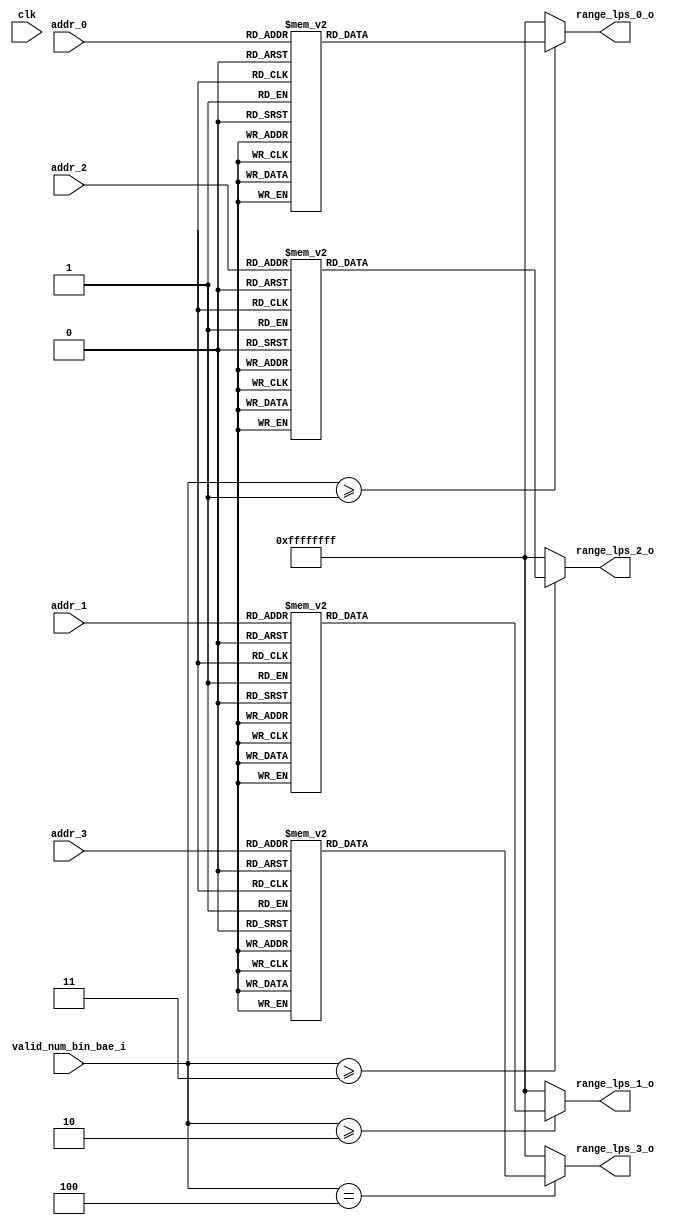
module range_lps_table(
					//input
					clk		   			,
					valid_num_bin_bae_i	,
					addr_0     			,
					addr_1				,
					addr_2				,
					addr_3				,
					//output
					range_lps_0_o		,
					range_lps_1_o		,
					range_lps_2_o		,
					range_lps_3_o			
);

// ********************************************
// 
// 			INPUT / OUTPUT DECLARATION
// 
// ********************************************

input				clk						;	//clock signal
input	[2:0]		valid_num_bin_bae_i		;	//valid number bin of bae
input 	[5:0]		addr_0					;	//address_0 for range_lps_0
input 	[5:0]		addr_1					;	//address_1 for range_lps_1
input 	[5:0]		addr_2					;	//address_2 for range_lps_2
input 	[5:0]		addr_3					;	//address_3 for range_lps_3
output	[31:0]		range_lps_0_o			;	//4-range_lps for bin 0, one range_lps is 8 bits
output	[31:0]		range_lps_1_o			;	//4-range_lps for bin 1, one range_lps is 8 bits   
output	[31:0]		range_lps_2_o			;	//4-range_lps for bin 2, one range_lps is 8 bits
output	[31:0]		range_lps_3_o			;	//4-range_lps for bin 3, one range_lps is 8 bits


// ********************************************
// 
// 			    Reg DECLARATION
// 
// ********************************************

reg		[31:0]		range_lps_0_o			;	//output 4-range_lps for bin 0, {00_01_02_03} one range_lps is 8 bits
reg		[31:0]		range_lps_1_o			;	//output 4-range_lps for bin 1, {00_01_02_03} one range_lps is 8 bits   
reg		[31:0]		range_lps_2_o			;	//output 4-range_lps for bin 2, {00_01_02_03} one range_lps is 8 bits
reg		[31:0]		range_lps_3_o			;	//output 4-range_lps for bin 3, {00_01_02_03} one range_lps is 8 bits



// ********************************************
//                                             
// 			   Combinational Logic               
//                                             
// ********************************************



// ********************************************
//                                             
// 			    Sequential Logic               
//                                             
// ********************************************

//range_lps_0
always @* begin
	if(valid_num_bin_bae_i>=3'd1) begin
		case (addr_0)
			 0:	begin range_lps_0_o = 32'h80_b0_d0_f0 ; end	
			 1: begin range_lps_0_o = 32'h80_a7_c5_e3 ; end
			 2: begin range_lps_0_o = 32'h80_9e_bb_d8 ; end
			 3: begin range_lps_0_o = 32'h7b_96_b2_cd ; end
			 4: begin range_lps_0_o = 32'h74_8e_a9_c3 ; end
			 5: begin range_lps_0_o = 32'h6f_87_a0_b9 ; end
			 6: begin range_lps_0_o = 32'h69_80_98_af ; end
			 7: begin range_lps_0_o = 32'h64_7a_90_a6 ; end
			 8: begin range_lps_0_o = 32'h5f_74_89_9e ; end
			 9: begin range_lps_0_o = 32'h5a_6e_82_96 ; end
			10: begin range_lps_0_o = 32'h55_68_7b_8e ; end
			11: begin range_lps_0_o = 32'h51_63_75_87 ; end
			12: begin range_lps_0_o = 32'h4d_5e_6f_80 ; end
			13: begin range_lps_0_o = 32'h49_59_69_7a ; end
			14: begin range_lps_0_o = 32'h45_55_64_74 ; end
			15: begin range_lps_0_o = 32'h42_50_5f_6e ; end
			16: begin range_lps_0_o = 32'h3e_4c_5a_68 ; end
			17: begin range_lps_0_o = 32'h3b_48_56_63 ; end
			18: begin range_lps_0_o = 32'h38_45_51_5e ; end
			19: begin range_lps_0_o = 32'h35_41_4d_59 ; end
			20: begin range_lps_0_o = 32'h33_3e_49_55 ; end
			21: begin range_lps_0_o = 32'h30_3b_45_50 ; end
			22: begin range_lps_0_o = 32'h2e_38_42_4c ; end
			23: begin range_lps_0_o = 32'h2b_35_3f_48 ; end
			24: begin range_lps_0_o = 32'h29_32_3b_45 ; end
			25: begin range_lps_0_o = 32'h27_30_38_41 ; end
			26: begin range_lps_0_o = 32'h25_2d_36_3e ; end
			27: begin range_lps_0_o = 32'h23_2b_33_3b ; end
			28: begin range_lps_0_o = 32'h21_29_30_38 ; end
			29: begin range_lps_0_o = 32'h20_27_2e_35 ; end
			30: begin range_lps_0_o = 32'h1e_25_2b_32 ; end
			31: begin range_lps_0_o = 32'h1d_23_29_30 ; end
			32: begin range_lps_0_o = 32'h1b_21_27_2d ; end
			33: begin range_lps_0_o = 32'h1a_1f_25_2b ; end
			34: begin range_lps_0_o = 32'h18_1e_23_29 ; end
			35: begin range_lps_0_o = 32'h17_1c_21_27 ; end
			36: begin range_lps_0_o = 32'h16_1b_20_25 ; end
			37: begin range_lps_0_o = 32'h15_1a_1e_23 ; end
			38: begin range_lps_0_o = 32'h14_18_1d_21 ; end
			39: begin range_lps_0_o = 32'h13_17_1b_1f ; end
			40: begin range_lps_0_o = 32'h12_16_1a_1e ; end
			41: begin range_lps_0_o = 32'h11_15_19_1c ; end
			42: begin range_lps_0_o = 32'h10_14_17_1b ; end
			43: begin range_lps_0_o = 32'h0f_13_16_19 ; end
			44: begin range_lps_0_o = 32'h0e_12_15_18 ; end
			45: begin range_lps_0_o = 32'h0e_11_14_17 ; end
			46: begin range_lps_0_o = 32'h0d_10_13_16 ; end
			47: begin range_lps_0_o = 32'h0c_0f_12_15 ; end
			48: begin range_lps_0_o = 32'h0c_0e_11_14 ; end
			49: begin range_lps_0_o = 32'h0b_0e_10_13 ; end
			50: begin range_lps_0_o = 32'h0b_0d_0f_12 ; end
			51: begin range_lps_0_o = 32'h0a_0c_0f_11 ; end
			52: begin range_lps_0_o = 32'h0a_0c_0e_10 ; end
			53: begin range_lps_0_o = 32'h09_0b_0d_0f ; end
			54: begin range_lps_0_o = 32'h09_0b_0c_0e ; end
			55: begin range_lps_0_o = 32'h08_0a_0c_0e ; end
			56: begin range_lps_0_o = 32'h08_09_0b_0d ; end
			57: begin range_lps_0_o = 32'h07_09_0b_0c ; end
			58: begin range_lps_0_o = 32'h07_09_0a_0c ; end
			59: begin range_lps_0_o = 32'h07_08_0a_0b ; end
			60: begin range_lps_0_o = 32'h06_08_09_0b ; end
			61: begin range_lps_0_o = 32'h06_07_09_0a ; end
			62: begin range_lps_0_o = 32'h06_07_08_09 ; end
			63: begin range_lps_0_o = 32'h02_02_02_02 ; end
			default:             
				begin range_lps_0_o = 32'h80_b0_d0_f0 ; end
		endcase       
	end
	else 
		range_lps_0_o = 32'hff_ff_ff_ff;               
end                              
                                 
//range_lps_1                    
always @* begin      
	if(valid_num_bin_bae_i>=3'd2) begin
		case (addr_1)                
			 0:	begin range_lps_1_o = 32'h80_b0_d0_f0 ; end	
			 1: begin range_lps_1_o = 32'h80_a7_c5_e3 ; end
			 2: begin range_lps_1_o = 32'h80_9e_bb_d8 ; end
			 3: begin range_lps_1_o = 32'h7b_96_b2_cd ; end
			 4: begin range_lps_1_o = 32'h74_8e_a9_c3 ; end
			 5: begin range_lps_1_o = 32'h6f_87_a0_b9 ; end
			 6: begin range_lps_1_o = 32'h69_80_98_af ; end
			 7: begin range_lps_1_o = 32'h64_7a_90_a6 ; end
			 8: begin range_lps_1_o = 32'h5f_74_89_9e ; end
			 9: begin range_lps_1_o = 32'h5a_6e_82_96 ; end
			10: begin range_lps_1_o = 32'h55_68_7b_8e ; end
			11: begin range_lps_1_o = 32'h51_63_75_87 ; end
			12: begin range_lps_1_o = 32'h4d_5e_6f_80 ; end
			13: begin range_lps_1_o = 32'h49_59_69_7a ; end
			14: begin range_lps_1_o = 32'h45_55_64_74 ; end
			15: begin range_lps_1_o = 32'h42_50_5f_6e ; end
			16: begin range_lps_1_o = 32'h3e_4c_5a_68 ; end
			17: begin range_lps_1_o = 32'h3b_48_56_63 ; end
			18: begin range_lps_1_o = 32'h38_45_51_5e ; end
			19: begin range_lps_1_o = 32'h35_41_4d_59 ; end
			20: begin range_lps_1_o = 32'h33_3e_49_55 ; end
			21: begin range_lps_1_o = 32'h30_3b_45_50 ; end
			22: begin range_lps_1_o = 32'h2e_38_42_4c ; end
			23: begin range_lps_1_o = 32'h2b_35_3f_48 ; end
			24: begin range_lps_1_o = 32'h29_32_3b_45 ; end
			25: begin range_lps_1_o = 32'h27_30_38_41 ; end
			26: begin range_lps_1_o = 32'h25_2d_36_3e ; end
			27: begin range_lps_1_o = 32'h23_2b_33_3b ; end
			28: begin range_lps_1_o = 32'h21_29_30_38 ; end
			29: begin range_lps_1_o = 32'h20_27_2e_35 ; end
			30: begin range_lps_1_o = 32'h1e_25_2b_32 ; end
			31: begin range_lps_1_o = 32'h1d_23_29_30 ; end
			32: begin range_lps_1_o = 32'h1b_21_27_2d ; end
			33: begin range_lps_1_o = 32'h1a_1f_25_2b ; end
			34: begin range_lps_1_o = 32'h18_1e_23_29 ; end
			35: begin range_lps_1_o = 32'h17_1c_21_27 ; end
			36: begin range_lps_1_o = 32'h16_1b_20_25 ; end
			37: begin range_lps_1_o = 32'h15_1a_1e_23 ; end
			38: begin range_lps_1_o = 32'h14_18_1d_21 ; end
			39: begin range_lps_1_o = 32'h13_17_1b_1f ; end
			40: begin range_lps_1_o = 32'h12_16_1a_1e ; end
			41: begin range_lps_1_o = 32'h11_15_19_1c ; end
			42: begin range_lps_1_o = 32'h10_14_17_1b ; end
			43: begin range_lps_1_o = 32'h0f_13_16_19 ; end
			44: begin range_lps_1_o = 32'h0e_12_15_18 ; end
			45: begin range_lps_1_o = 32'h0e_11_14_17 ; end
			46: begin range_lps_1_o = 32'h0d_10_13_16 ; end
			47: begin range_lps_1_o = 32'h0c_0f_12_15 ; end
			48: begin range_lps_1_o = 32'h0c_0e_11_14 ; end
			49: begin range_lps_1_o = 32'h0b_0e_10_13 ; end
			50: begin range_lps_1_o = 32'h0b_0d_0f_12 ; end
			51: begin range_lps_1_o = 32'h0a_0c_0f_11 ; end
			52: begin range_lps_1_o = 32'h0a_0c_0e_10 ; end
			53: begin range_lps_1_o = 32'h09_0b_0d_0f ; end
			54: begin range_lps_1_o = 32'h09_0b_0c_0e ; end
			55: begin range_lps_1_o = 32'h08_0a_0c_0e ; end
			56: begin range_lps_1_o = 32'h08_09_0b_0d ; end
			57: begin range_lps_1_o = 32'h07_09_0b_0c ; end
			58: begin range_lps_1_o = 32'h07_09_0a_0c ; end
			59: begin range_lps_1_o = 32'h07_08_0a_0b ; end
			60: begin range_lps_1_o = 32'h06_08_09_0b ; end
			61: begin range_lps_1_o = 32'h06_07_09_0a ; end
			62: begin range_lps_1_o = 32'h06_07_08_09 ; end
			63: begin range_lps_1_o = 32'h02_02_02_02 ; end
			default:                 
				begin range_lps_1_o = 32'h80_b0_d0_f0 ; end
		endcase    
	end
	else
		range_lps_1_o = 32'hff_ff_ff_ff;                  
end                              
                                 
//range_lps_2                    
always @* begin
	if(valid_num_bin_bae_i>=3'd3) begin      
		case (addr_2)                
			 0:	begin range_lps_2_o = 32'h80_b0_d0_f0 ; end	
			 1: begin range_lps_2_o = 32'h80_a7_c5_e3 ; end
			 2: begin range_lps_2_o = 32'h80_9e_bb_d8 ; end
			 3: begin range_lps_2_o = 32'h7b_96_b2_cd ; end
			 4: begin range_lps_2_o = 32'h74_8e_a9_c3 ; end
			 5: begin range_lps_2_o = 32'h6f_87_a0_b9 ; end
			 6: begin range_lps_2_o = 32'h69_80_98_af ; end
			 7: begin range_lps_2_o = 32'h64_7a_90_a6 ; end
			 8: begin range_lps_2_o = 32'h5f_74_89_9e ; end
			 9: begin range_lps_2_o = 32'h5a_6e_82_96 ; end
			10: begin range_lps_2_o = 32'h55_68_7b_8e ; end
			11: begin range_lps_2_o = 32'h51_63_75_87 ; end
			12: begin range_lps_2_o = 32'h4d_5e_6f_80 ; end
			13: begin range_lps_2_o = 32'h49_59_69_7a ; end
			14: begin range_lps_2_o = 32'h45_55_64_74 ; end
			15: begin range_lps_2_o = 32'h42_50_5f_6e ; end
			16: begin range_lps_2_o = 32'h3e_4c_5a_68 ; end
			17: begin range_lps_2_o = 32'h3b_48_56_63 ; end
			18: begin range_lps_2_o = 32'h38_45_51_5e ; end
			19: begin range_lps_2_o = 32'h35_41_4d_59 ; end
			20: begin range_lps_2_o = 32'h33_3e_49_55 ; end
			21: begin range_lps_2_o = 32'h30_3b_45_50 ; end
			22: begin range_lps_2_o = 32'h2e_38_42_4c ; end
			23: begin range_lps_2_o = 32'h2b_35_3f_48 ; end
			24: begin range_lps_2_o = 32'h29_32_3b_45 ; end
			25: begin range_lps_2_o = 32'h27_30_38_41 ; end
			26: begin range_lps_2_o = 32'h25_2d_36_3e ; end
			27: begin range_lps_2_o = 32'h23_2b_33_3b ; end
			28: begin range_lps_2_o = 32'h21_29_30_38 ; end
			29: begin range_lps_2_o = 32'h20_27_2e_35 ; end
			30: begin range_lps_2_o = 32'h1e_25_2b_32 ; end
			31: begin range_lps_2_o = 32'h1d_23_29_30 ; end
			32: begin range_lps_2_o = 32'h1b_21_27_2d ; end
			33: begin range_lps_2_o = 32'h1a_1f_25_2b ; end
			34: begin range_lps_2_o = 32'h18_1e_23_29 ; end
			35: begin range_lps_2_o = 32'h17_1c_21_27 ; end
			36: begin range_lps_2_o = 32'h16_1b_20_25 ; end
			37: begin range_lps_2_o = 32'h15_1a_1e_23 ; end
			38: begin range_lps_2_o = 32'h14_18_1d_21 ; end
			39: begin range_lps_2_o = 32'h13_17_1b_1f ; end
			40: begin range_lps_2_o = 32'h12_16_1a_1e ; end
			41: begin range_lps_2_o = 32'h11_15_19_1c ; end
			42: begin range_lps_2_o = 32'h10_14_17_1b ; end
			43: begin range_lps_2_o = 32'h0f_13_16_19 ; end
			44: begin range_lps_2_o = 32'h0e_12_15_18 ; end
			45: begin range_lps_2_o = 32'h0e_11_14_17 ; end
			46: begin range_lps_2_o = 32'h0d_10_13_16 ; end
			47: begin range_lps_2_o = 32'h0c_0f_12_15 ; end
			48: begin range_lps_2_o = 32'h0c_0e_11_14 ; end
			49: begin range_lps_2_o = 32'h0b_0e_10_13 ; end
			50: begin range_lps_2_o = 32'h0b_0d_0f_12 ; end
			51: begin range_lps_2_o = 32'h0a_0c_0f_11 ; end
			52: begin range_lps_2_o = 32'h0a_0c_0e_10 ; end
			53: begin range_lps_2_o = 32'h09_0b_0d_0f ; end
			54: begin range_lps_2_o = 32'h09_0b_0c_0e ; end
			55: begin range_lps_2_o = 32'h08_0a_0c_0e ; end
			56: begin range_lps_2_o = 32'h08_09_0b_0d ; end
			57: begin range_lps_2_o = 32'h07_09_0b_0c ; end
			58: begin range_lps_2_o = 32'h07_09_0a_0c ; end
			59: begin range_lps_2_o = 32'h07_08_0a_0b ; end
			60: begin range_lps_2_o = 32'h06_08_09_0b ; end
			61: begin range_lps_2_o = 32'h06_07_09_0a ; end
			62: begin range_lps_2_o = 32'h06_07_08_09 ; end
			63: begin range_lps_2_o = 32'h02_02_02_02 ; end
			default:                 
				begin range_lps_2_o = 32'h80_b0_d0_f0 ; end
		endcase    
	end
	else
		range_lps_2_o = 32'hff_ff_ff_ff;                  
end                              
                                 
//range_lps_3                    
always @* begin    
	if(valid_num_bin_bae_i==3'd4) begin  
		case (addr_3)                
			 0:	begin range_lps_3_o = 32'h80_b0_d0_f0 ; end	
			 1: begin range_lps_3_o = 32'h80_a7_c5_e3 ; end
			 2: begin range_lps_3_o = 32'h80_9e_bb_d8 ; end
			 3: begin range_lps_3_o = 32'h7b_96_b2_cd ; end
			 4: begin range_lps_3_o = 32'h74_8e_a9_c3 ; end
			 5: begin range_lps_3_o = 32'h6f_87_a0_b9 ; end
			 6: begin range_lps_3_o = 32'h69_80_98_af ; end
			 7: begin range_lps_3_o = 32'h64_7a_90_a6 ; end
			 8: begin range_lps_3_o = 32'h5f_74_89_9e ; end
			 9: begin range_lps_3_o = 32'h5a_6e_82_96 ; end
			10: begin range_lps_3_o = 32'h55_68_7b_8e ; end
			11: begin range_lps_3_o = 32'h51_63_75_87 ; end
			12: begin range_lps_3_o = 32'h4d_5e_6f_80 ; end
			13: begin range_lps_3_o = 32'h49_59_69_7a ; end
			14: begin range_lps_3_o = 32'h45_55_64_74 ; end
			15: begin range_lps_3_o = 32'h42_50_5f_6e ; end
			16: begin range_lps_3_o = 32'h3e_4c_5a_68 ; end
			17: begin range_lps_3_o = 32'h3b_48_56_63 ; end
			18: begin range_lps_3_o = 32'h38_45_51_5e ; end
			19: begin range_lps_3_o = 32'h35_41_4d_59 ; end
			20: begin range_lps_3_o = 32'h33_3e_49_55 ; end
			21: begin range_lps_3_o = 32'h30_3b_45_50 ; end
			22: begin range_lps_3_o = 32'h2e_38_42_4c ; end
			23: begin range_lps_3_o = 32'h2b_35_3f_48 ; end
			24: begin range_lps_3_o = 32'h29_32_3b_45 ; end
			25: begin range_lps_3_o = 32'h27_30_38_41 ; end
			26: begin range_lps_3_o = 32'h25_2d_36_3e ; end
			27: begin range_lps_3_o = 32'h23_2b_33_3b ; end
			28: begin range_lps_3_o = 32'h21_29_30_38 ; end
			29: begin range_lps_3_o = 32'h20_27_2e_35 ; end
			30: begin range_lps_3_o = 32'h1e_25_2b_32 ; end
			31: begin range_lps_3_o = 32'h1d_23_29_30 ; end
			32: begin range_lps_3_o = 32'h1b_21_27_2d ; end
			33: begin range_lps_3_o = 32'h1a_1f_25_2b ; end
			34: begin range_lps_3_o = 32'h18_1e_23_29 ; end
			35: begin range_lps_3_o = 32'h17_1c_21_27 ; end
			36: begin range_lps_3_o = 32'h16_1b_20_25 ; end
			37: begin range_lps_3_o = 32'h15_1a_1e_23 ; end
			38: begin range_lps_3_o = 32'h14_18_1d_21 ; end
			39: begin range_lps_3_o = 32'h13_17_1b_1f ; end
			40: begin range_lps_3_o = 32'h12_16_1a_1e ; end
			41: begin range_lps_3_o = 32'h11_15_19_1c ; end
			42: begin range_lps_3_o = 32'h10_14_17_1b ; end
			43: begin range_lps_3_o = 32'h0f_13_16_19 ; end
			44: begin range_lps_3_o = 32'h0e_12_15_18 ; end
			45: begin range_lps_3_o = 32'h0e_11_14_17 ; end
			46: begin range_lps_3_o = 32'h0d_10_13_16 ; end
			47: begin range_lps_3_o = 32'h0c_0f_12_15 ; end
			48: begin range_lps_3_o = 32'h0c_0e_11_14 ; end
			49: begin range_lps_3_o = 32'h0b_0e_10_13 ; end
			50: begin range_lps_3_o = 32'h0b_0d_0f_12 ; end
			51: begin range_lps_3_o = 32'h0a_0c_0f_11 ; end
			52: begin range_lps_3_o = 32'h0a_0c_0e_10 ; end
			53: begin range_lps_3_o = 32'h09_0b_0d_0f ; end
			54: begin range_lps_3_o = 32'h09_0b_0c_0e ; end
			55: begin range_lps_3_o = 32'h08_0a_0c_0e ; end
			56: begin range_lps_3_o = 32'h08_09_0b_0d ; end
			57: begin range_lps_3_o = 32'h07_09_0b_0c ; end
			58: begin range_lps_3_o = 32'h07_09_0a_0c ; end
			59: begin range_lps_3_o = 32'h07_08_0a_0b ; end
			60: begin range_lps_3_o = 32'h06_08_09_0b ; end
			61: begin range_lps_3_o = 32'h06_07_09_0a ; end
			62: begin range_lps_3_o = 32'h06_07_08_09 ; end
			63: begin range_lps_3_o = 32'h02_02_02_02 ; end
			default:                 
				begin range_lps_3_o = 32'h80_b0_d0_f0 ; end
		endcase
	end
	else
		range_lps_3_o = 32'hff_ff_ff_ff;
end











endmodule